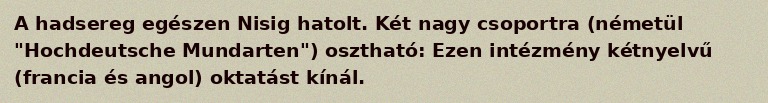
A hadsereg egészen Nisig hatolt. Két nagy csoportra (németül "Hochdeutsche Mundarten") osztható: Ezen intézmény kétnyelvű (francia és angol) oktatást kínál.